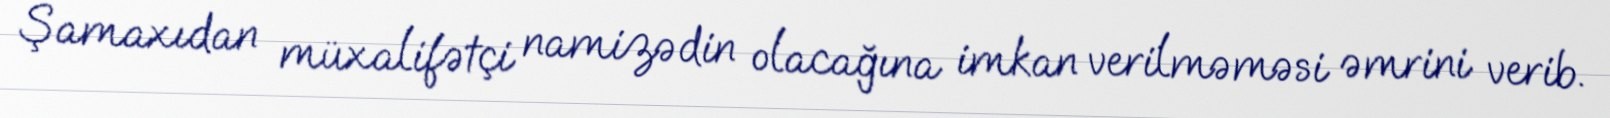
Şamaxıdan müxalifətçi namizədin olacağına imkan verilməməsi əmrini verib.